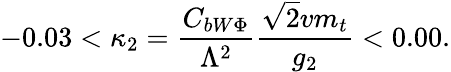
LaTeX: -0.03<\kappa_{2}=\frac{C_{bW\Phi}}{\Lambda^{2}}\frac{\sqrt 2vm_{t}}{g_{2}}<0.00.